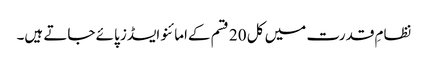
نظامِ قدرت میں کل 20 قسم کےامائنو ایسڈز پائے جاتے ہیں۔